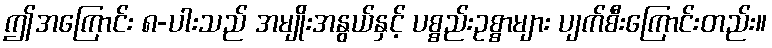
ဤအကြောင်း ၈-ပါးသည် အမျိုးအနွယ်နှင့် ပစ္စည်းဥစ္စာများ ပျက်စီးကြောင်းတည်း။